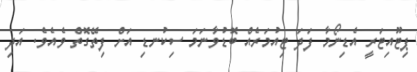
ޕިޓޫއިޓަރީ އެޑިނޯމާ ފަދަ ޓިއުމަރެއް ބޮޑުވާނަމަ ސިކުނޑި އަށް ފިތޭގޮތް ވެއެވެ. އަދި